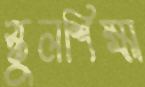
স্কুলশিক্ষা